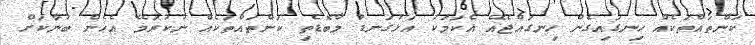
ކަންތައްތަކެއް ހިނގައިގެން ހިނގައްޖެއޭ އެކަމަކު އަޅުގަނޑު މާބޮޑެތި ކަންތައްތަކެއް ނުކުރަމޭ އެހެން ބުނާކަށް